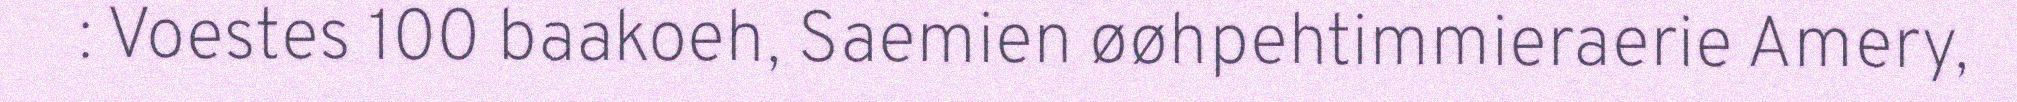
: Voestes 100 baakoeh, Saemien øøhpehtimmieraerie Amery,